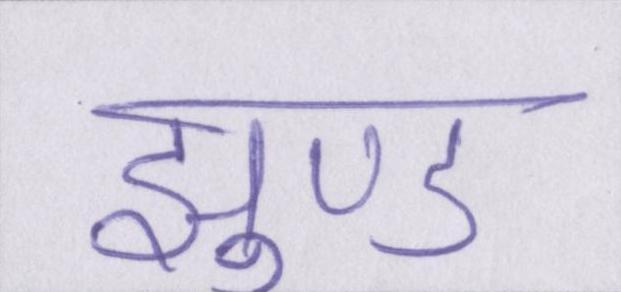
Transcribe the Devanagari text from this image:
झुण्ड